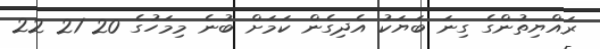
ރައްޔިތުންގެ ގިނަ ބަޔަކު އެދިގެން ކަމަށް ބުނެ މިމަހުގެ 20 21 22